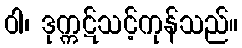
ဝါ၊ ဒုက္ကဋ်သင့်ကုန်သည်။